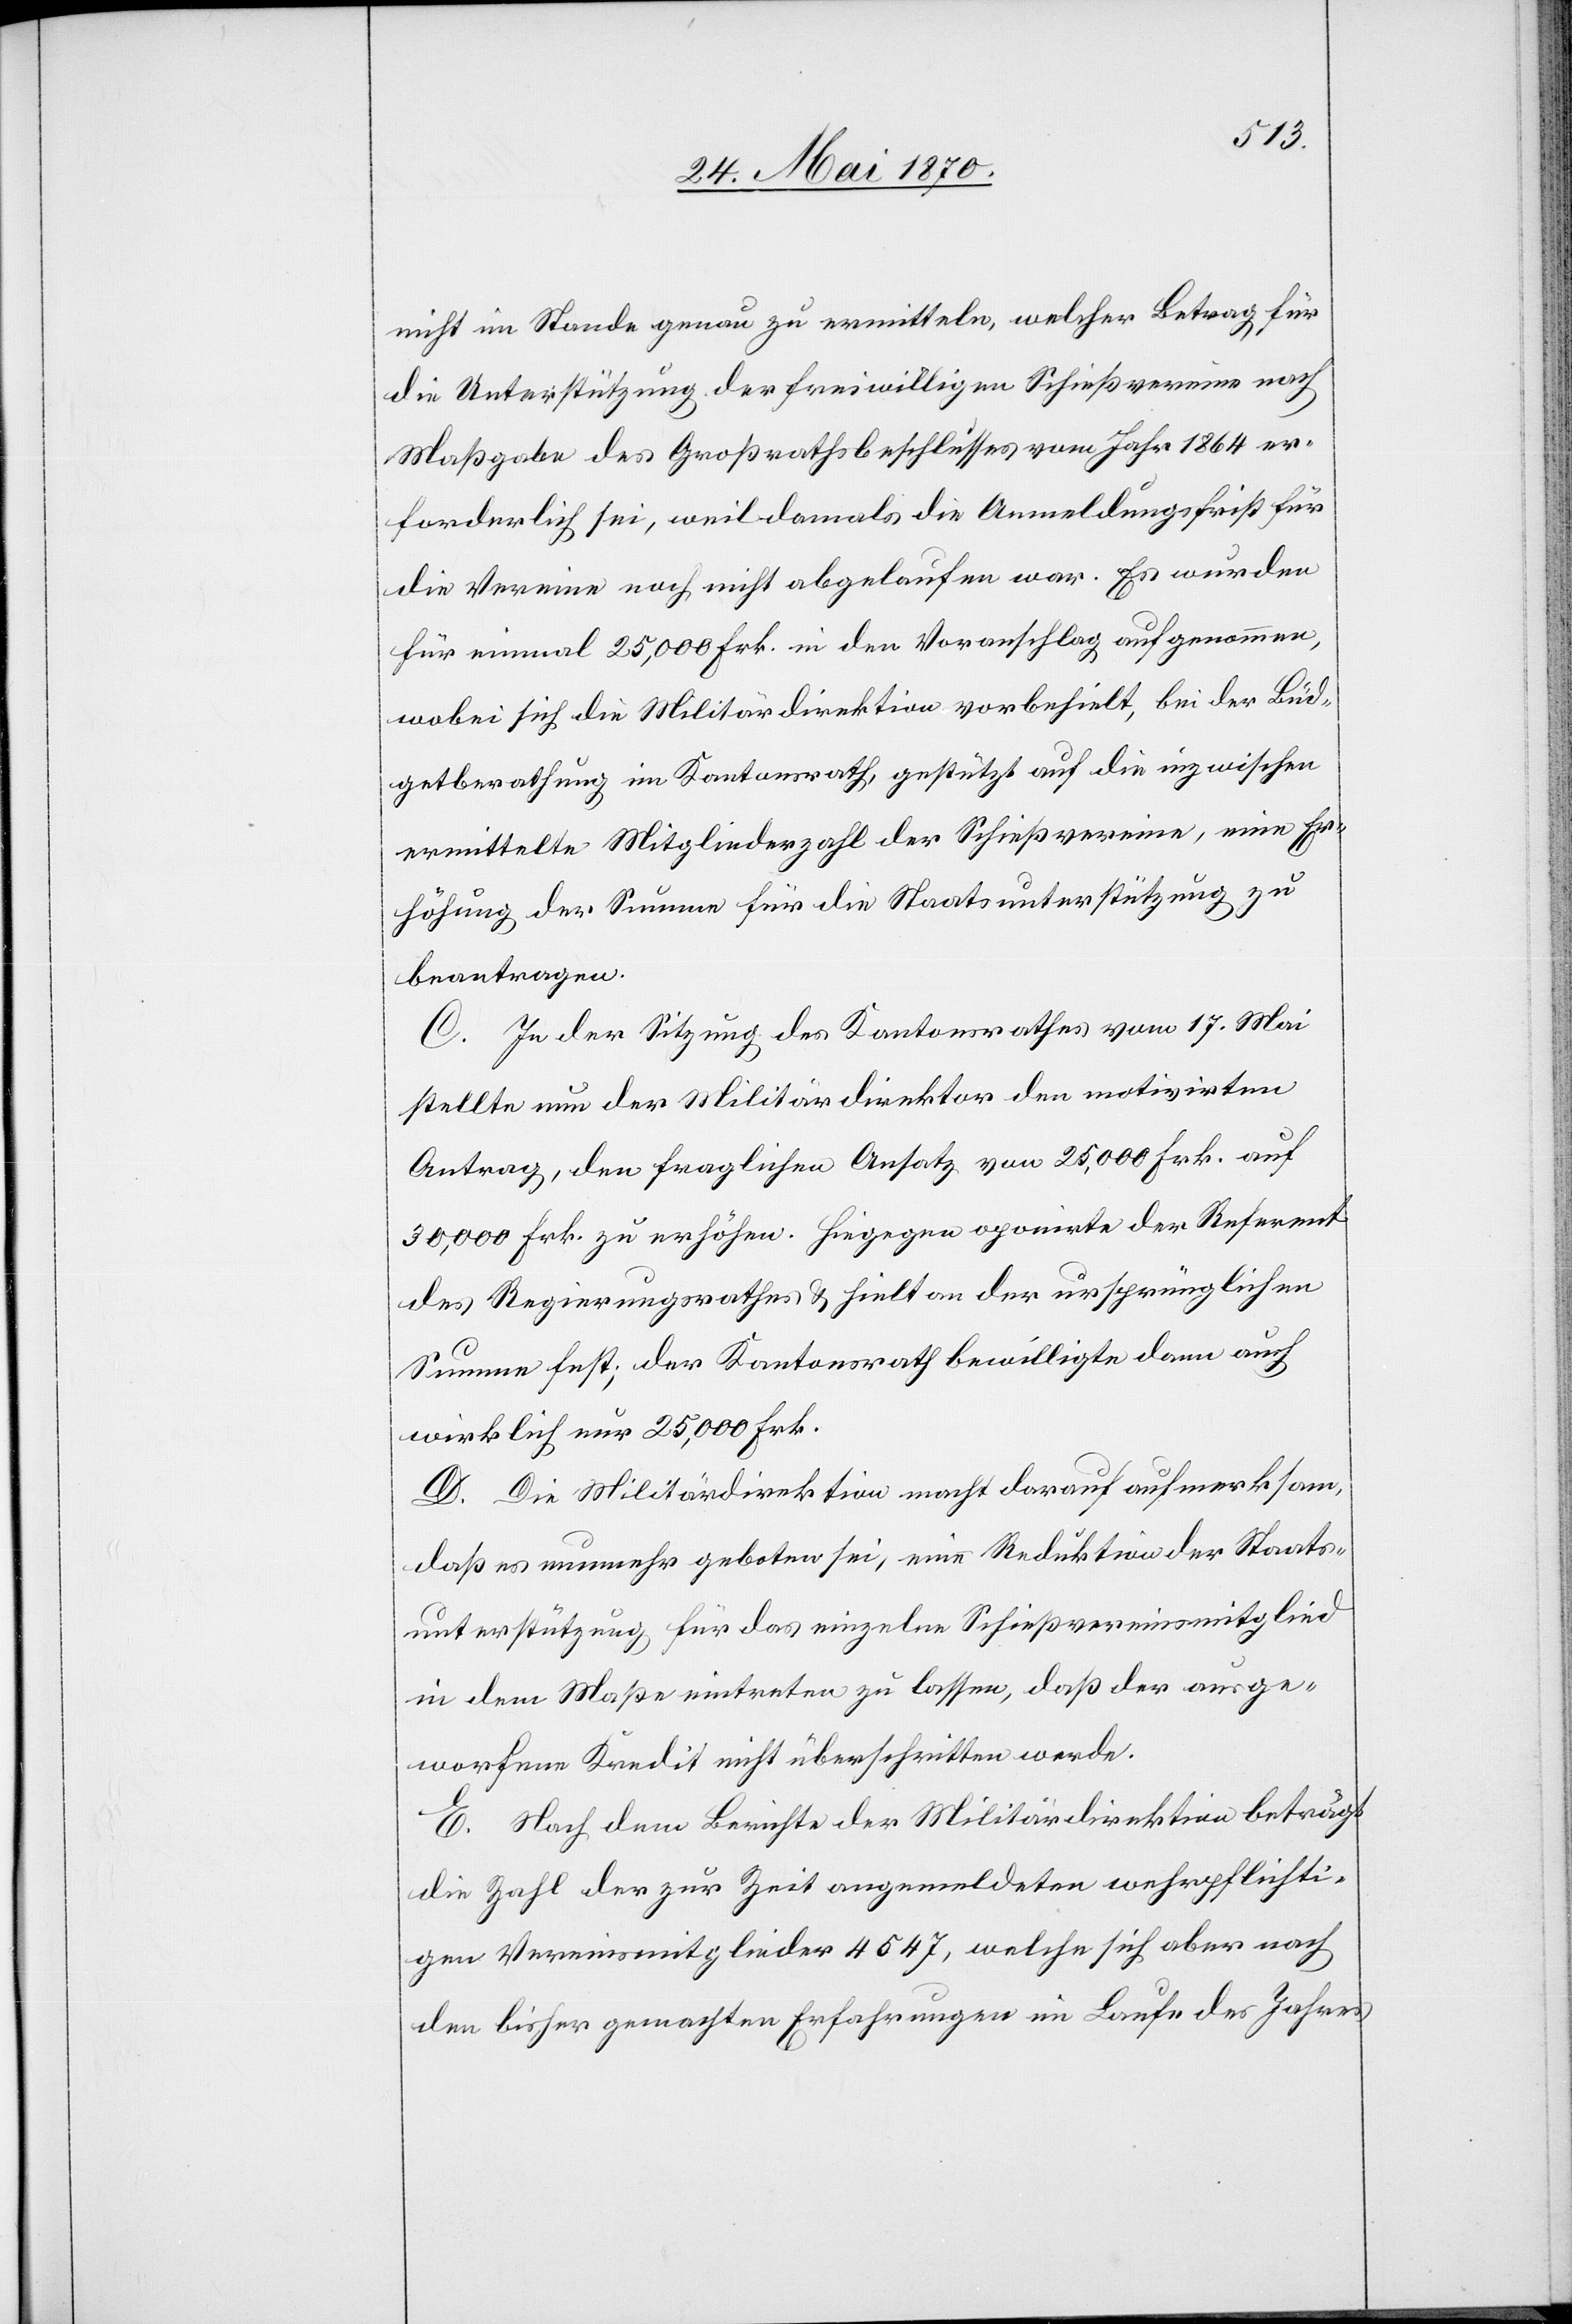
nicht im Stande genau zu ermitteln, welcher Betrag für
die Unterstützung der freiwilligen Schießvereine nach
Maßgabe des Großrathsbeschlusses vom Jahr 1864 er¬
forderlich sei, weil damals die Anmeldungsfrist für
die Vereine noch nicht abgelaufen war. Es wurden
für einmal 25,000 Frk. in den Voranschlag aufgenommen,
wobei sich die Militärdirektion vorbehielt, bei der Büd¬
getberathung im Kantonsrath, gestützt auf die inzwischen
ermittelte Mitgliederzahl der Schießvereine, eine Er¬
höhung der Summe für die Staatsunterstützung zu
beantragen.
C. In der Sitzung des Kantonsrathes vom 17. Mai
stellte nun der Militärdirektor den motivirten
Antrag, den fraglichen Ansatz von 25,000 Frk. auf
30,000 Frk. zu erhöhen. Hiegegen oponirte der Referent
des Regierungsrathes & hielt an der ursprünglichen
Summe fest; der Kantonsrath bewilligte dann auch
wirklich nur 25,000 Frk.
D. Die Militärdirektion macht darauf aufmerksam,
daß es nunmehr geboten sei, eine Reduktion der Staats¬
unterstützung für das einzelne Schießvereinsmitglied
in dem Maße eintreten zu lassen, daß der ausge¬
worfene Kredit nicht überschritten werde.
E. Nach dem Berichte der Militärdirektion beträgt
die Zahl der zur Zeit angemeldeten wehrpflichti¬
gen Vereinsmitglieder 4547, welche sich aber nach
den bisher gemachten Erfahrungen im Laufe des Jahres